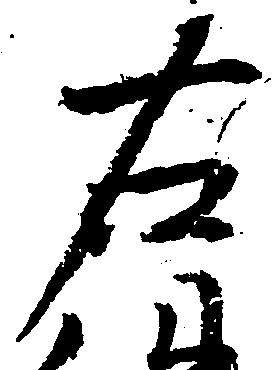
右